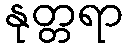
နုတ္တရာ